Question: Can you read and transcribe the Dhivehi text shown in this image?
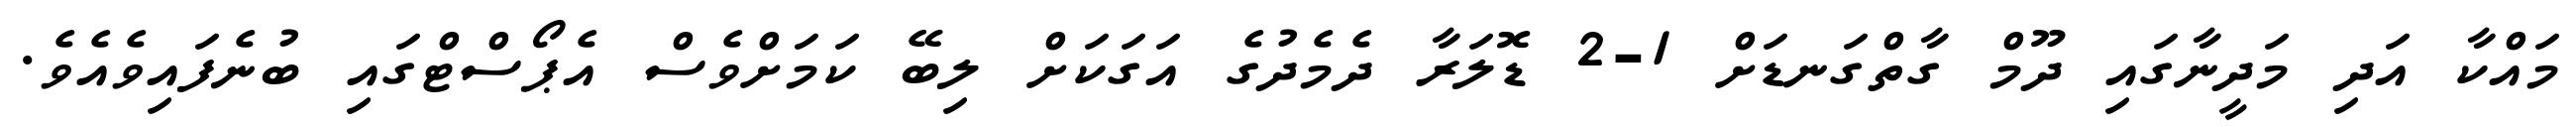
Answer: މައްކާ އަދި މަދީނާގައި ދޫމް ގާތްގަނޑަށް 1-2 ޑޮލަރާ ދެމެދުގެ އަގަކަށް ލިބޭ ކަމަށްވެސް އެޕޯސްޓްގައި ބުނެފައިވެއެވެ.